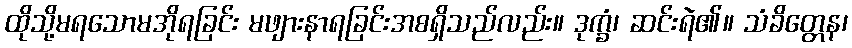
ထိုသို့မရသောမအိုရခြင်း မဖျားနာရခြင်းအစရှိသည်လည်း။ ဒုက္ခံ၊ ဆင်းရဲ၏။ သံခိတ္တေန၊